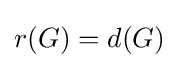
r(G)=d(G)